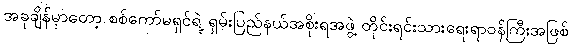
အခုချိန်မှာတော့ စစ်ကော်မရှင်ရဲ့ ရှမ်းပြည်နယ်အစိုးရအဖွဲ့ တိုင်းရင်းသားရေးရာဝန်ကြီးအဖြစ်